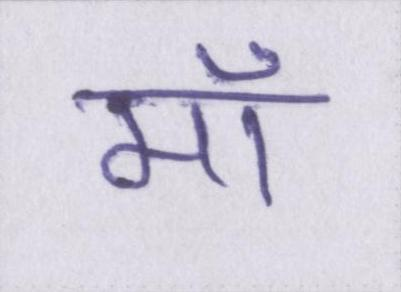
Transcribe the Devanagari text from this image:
मॉ